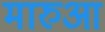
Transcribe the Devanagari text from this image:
मारुआ